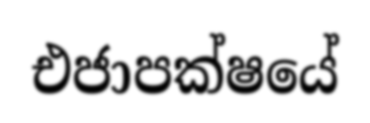
එජාපක්ෂයේ